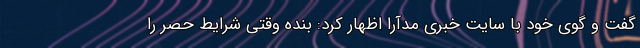
گفت و گوی خود با سایت خبری مدآرا اظهار کرد: بنده وقتی شرایط حصر را